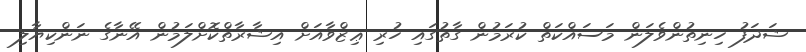
ޝަދަފު ހިނިތުންވެލަން މަސައްކަތް ކުރަމުން ގާތުގައި ހުރި ޢިޒްވާއަށް އިޝާރާތްކޮށްލަމުން އޭނާގެ ނަންކިޔާލި